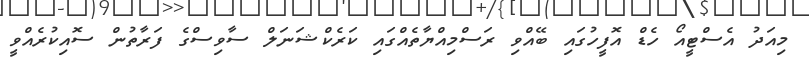
މިއަދު އެސްޓީއޯ ހެޑް އޮފީހުގައި ބޭއްވި ރަސްމިއްޔާތެއްގައި ކަރެކްޝަނަލް ސާވިސްގެ ފަރާތުން ސޮއިކުރެއްވީ